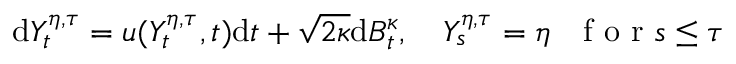
\mathrm { d } Y _ { t } ^ { \eta , \tau } = u ( Y _ { t } ^ { \eta , \tau } , t ) \mathrm { d } t + \sqrt { 2 \kappa } \mathrm { d } B _ { t } ^ { \kappa } , \quad Y _ { s } ^ { \eta , \tau } = \eta \ \ \mathrm { ~ f ~ o ~ r ~ } s \leq \tau